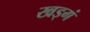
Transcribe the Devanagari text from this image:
खड्गं